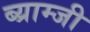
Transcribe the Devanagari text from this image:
ब्य्राम्जी